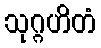
သုဂ္ဂဟိတံ